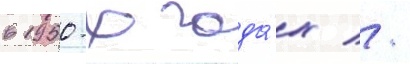
в 1950-х года́х //